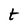
Character: t